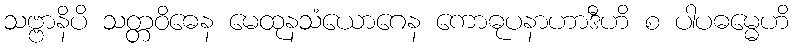
သဗ္ဗာနိပိ သတ္တဝိဓေန မေထုနသံယောဂေန ကောဓုပနာဟာဒီဟိ စ ပါပဓမ္မေဟိ